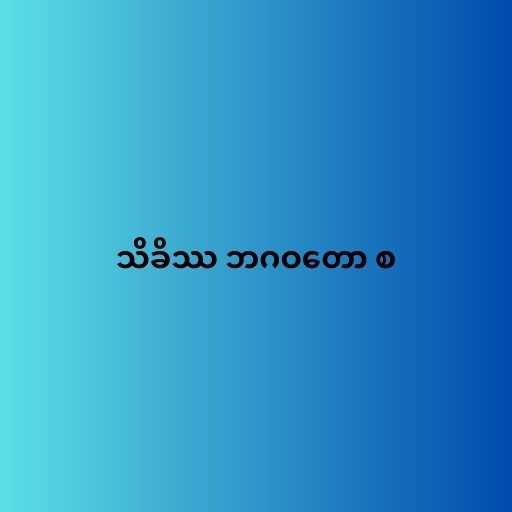
သိခိဿ ဘဂဝတော စ